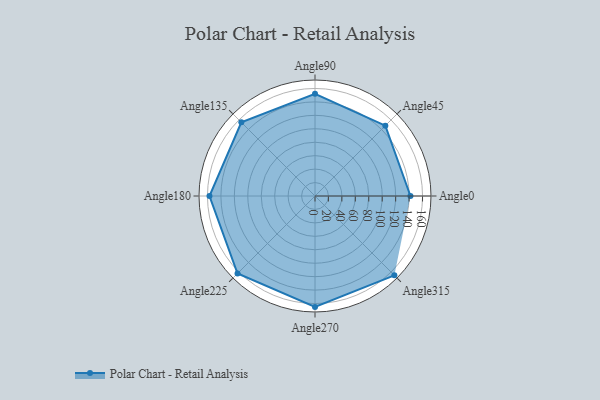
{"axis": {"x": "Angle", "y": "Radius"}, "legend": [""], "data": [{"x": "Angle0", "y": 142.0, "type": ""}, {"x": "Angle45", "y": 148.0, "type": ""}, {"x": "Angle90", "y": 152.0, "type": ""}, {"x": "Angle135", "y": 155.0, "type": ""}, {"x": "Angle180", "y": 157.0, "type": ""}, {"x": "Angle225", "y": 163.0, "type": ""}, {"x": "Angle270", "y": 165.0, "type": ""}, {"x": "Angle315", "y": 167.0, "type": ""}]}